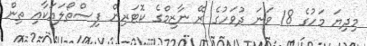
މިދިޔަ މަހުގެ 18 ވަނަ ދުވަހުގެ ރޭ ނާޒިމްގެ ކޮޓަރިން ފިސްތޯލައަކާއި ތިން